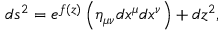
d s ^ { 2 } = e ^ { f ( z ) } \left( \eta _ { \mu \nu } d x ^ { \mu } d x ^ { \nu } \right) + d z ^ { 2 } ,